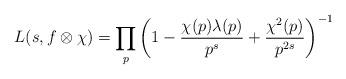
LaTeX: \begin{align*}L(s, f\otimes \chi) = \prod_{p} \left(1-\frac{\chi(p)\lambda(p)}{p^s} + \frac{\chi^2(p)}{p^{2s}}\right)^{-1}\end{align*}